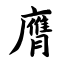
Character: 膺